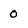
Character: 0